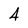
Character: 4